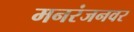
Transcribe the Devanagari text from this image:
मनरंजनवर